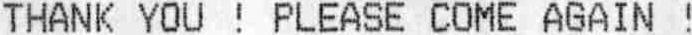
THANK YOU ! PLEASE COME AGAIN !